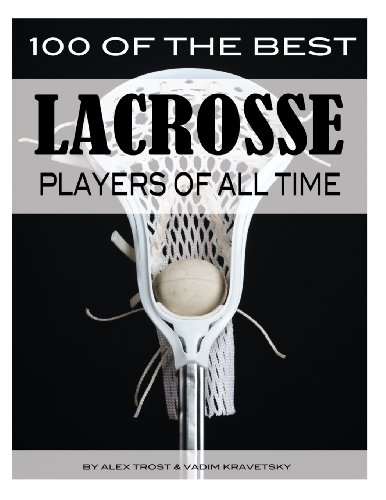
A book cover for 100 of the Best Lacrosse Players of All Time; Alex Trostanetskiy; Sports & Outdoors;